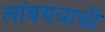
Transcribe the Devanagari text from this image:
लांबण्याची